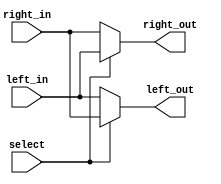
module basic_switch(left_in, right_in, left_out, right_out, select);
    parameter WIDTH = 64;
    input [WIDTH-1:0] left_in, right_in;
    output [WIDTH-1:0] left_out, right_out;
    input select;

    assign left_out = select ? right_in : left_in;
    assign right_out = select ? left_in : right_in;
endmodule